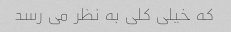
که خیلی کلی به نظر می رسد